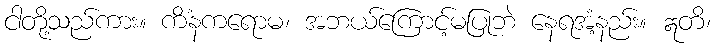
ငါတို့သည်ကား။ ကိံနကရောမ၊ အဘယ်ကြောင့်မပြုဘဲ နေရအံ့နည်း။ ဣတိ၊